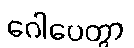
ဂေါပေတွာ